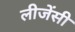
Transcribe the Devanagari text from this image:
लीजेंसी